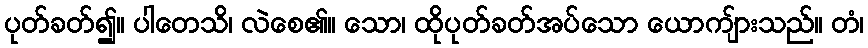
ပုတ်ခတ်၍။ ပါတေသိ၊ လဲစေ၏။ သော၊ ထိုပုတ်ခတ်အပ်သော ယောကျ်ားသည်။ တံ၊